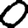
Digit: 0